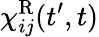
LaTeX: \chi_{ij}^{\mathrm{R}}(t^{\prime},t)